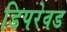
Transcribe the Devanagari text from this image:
डिपरेवड